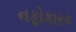
નફોકારક